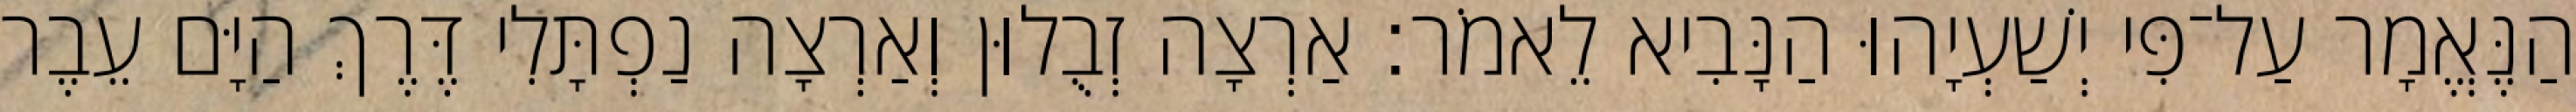
הַנֶּאֱמָר עַל־פִּי יְשַׁעְיָהוּ הַנָּבִיא לֵאמֹר׃ אַרְצָה זְבֻלוּן וְאַרְצָה נַפְתָּלִי דֶּרֶךְ הַיָּם עֵבֶר